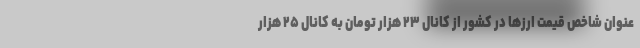
عنوان شاخص قیمت ارزها در کشور از کانال ۲۳ هزار تومان به کانال ۲۵ هزار